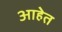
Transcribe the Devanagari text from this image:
आहेेत